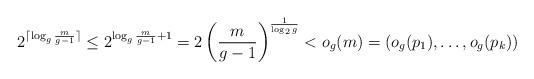
LaTeX: \begin{align*}2^{\lceil \log_g{\frac{m}{g-1}}\rceil} \leq 2^{\log_g{\frac{m}{g-1}} + 1} = 2\left({\frac{m}{g-1}}\right)^{\frac{1}{\log_2 g}} < o_g(m)=(o_g(p_1),\dots,o_g(p_k))\end{align*}